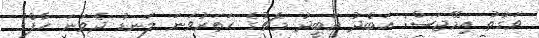
ވަގުތު އިމޭޖަސް: އަބްދު އަބީދު މެޗުގެ ހަތަރުވަނަ ލަނޑު ދެވަނަ ހާފްގެ